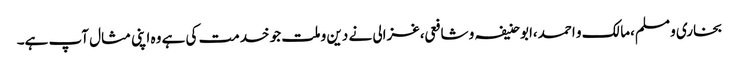
بخاری و مسلم،مالک و احمد،ابو حنیفہ و شافعی،غزالی نے دین و ملت جو خدمت کی ہے وہ اپنی مثال آپ ہے۔